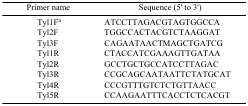
<table><thead><tr><td><b>Primer name</b></td><td><b>Sequence (5′ to 3′)</b></td></tr></thead><tbody><tr><td>Tyl1Fa</td><td>ATCCTTAGACGTAGTGGCCA</td></tr><tr><td>Tyl2F</td><td>TGGCCACTACGTCTAAGGAT</td></tr><tr><td>Tyl3F</td><td>CAGAATAACTMAGCTGATCG</td></tr><tr><td>Tyl1R</td><td>CTACCATCGAAAGTTGATAA</td></tr><tr><td>Tyl2R</td><td>GCCTGCTGCCATCCTTAGAC</td></tr><tr><td>Tyl3R</td><td>CCGCAGCAATAATTCTATGCAT</td></tr><tr><td>Tyl4R</td><td>CCCGTTTGTCTCTGTTAACC</td></tr><tr><td>Tyl5R</td><td>CCAAGAATTTCACCTCTCACGT</td></tr></tbody></table>